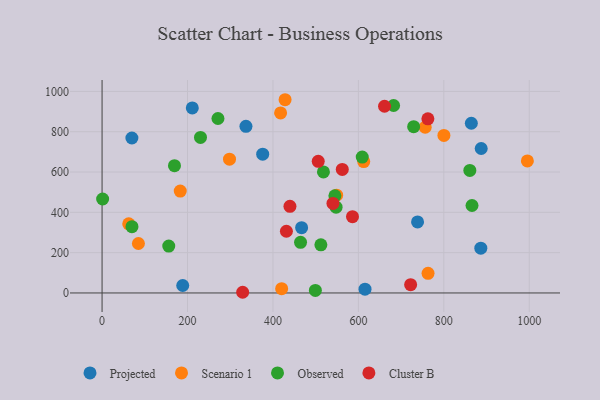
{"axis": {"x": "Speed", "y": "Rating"}, "legend": ["Cluster B", "Observed", "Projected", "Scenario 1"], "data": [{"x": "864.4", "y": 842.0, "type": "Projected"}, {"x": "467.1", "y": 323.8, "type": "Projected"}, {"x": "69.8", "y": 768.8, "type": "Projected"}, {"x": "376.0", "y": 688.4, "type": "Projected"}, {"x": "188.8", "y": 36.9, "type": "Projected"}, {"x": "738.5", "y": 352.2, "type": "Projected"}, {"x": "887.5", "y": 716.6, "type": "Projected"}, {"x": "211.2", "y": 918.2, "type": "Projected"}, {"x": "886.6", "y": 222.0, "type": "Projected"}, {"x": "615.5", "y": 18.6, "type": "Projected"}, {"x": "336.8", "y": 826.9, "type": "Projected"}, {"x": "428.4", "y": 958.7, "type": "Scenario 1"}, {"x": "62.4", "y": 343.2, "type": "Scenario 1"}, {"x": "183.0", "y": 505.6, "type": "Scenario 1"}, {"x": "549.1", "y": 485.2, "type": "Scenario 1"}, {"x": "420.4", "y": 21.4, "type": "Scenario 1"}, {"x": "85.1", "y": 245.4, "type": "Scenario 1"}, {"x": "612.5", "y": 651.7, "type": "Scenario 1"}, {"x": "763.1", "y": 97.2, "type": "Scenario 1"}, {"x": "298.3", "y": 663.6, "type": "Scenario 1"}, {"x": "995.6", "y": 655.0, "type": "Scenario 1"}, {"x": "756.4", "y": 822.1, "type": "Scenario 1"}, {"x": "800.2", "y": 781.7, "type": "Scenario 1"}, {"x": "417.9", "y": 893.3, "type": "Scenario 1"}, {"x": "1.3", "y": 466.1, "type": "Observed"}, {"x": "512.2", "y": 238.7, "type": "Observed"}, {"x": "866.0", "y": 433.8, "type": "Observed"}, {"x": "156.1", "y": 232.4, "type": "Observed"}, {"x": "70.0", "y": 328.7, "type": "Observed"}, {"x": "729.4", "y": 825.2, "type": "Observed"}, {"x": "860.9", "y": 608.1, "type": "Observed"}, {"x": "682.4", "y": 930.1, "type": "Observed"}, {"x": "464.6", "y": 251.0, "type": "Observed"}, {"x": "609.0", "y": 674.2, "type": "Observed"}, {"x": "545.0", "y": 481.8, "type": "Observed"}, {"x": "169.5", "y": 631.4, "type": "Observed"}, {"x": "271.3", "y": 865.6, "type": "Observed"}, {"x": "518.2", "y": 600.4, "type": "Observed"}, {"x": "230.4", "y": 771.8, "type": "Observed"}, {"x": "547.8", "y": 425.6, "type": "Observed"}, {"x": "499.3", "y": 12.7, "type": "Observed"}, {"x": "762.7", "y": 864.0, "type": "Cluster B"}, {"x": "661.2", "y": 926.3, "type": "Cluster B"}, {"x": "506.0", "y": 653.2, "type": "Cluster B"}, {"x": "439.8", "y": 429.7, "type": "Cluster B"}, {"x": "540.5", "y": 444.1, "type": "Cluster B"}, {"x": "586.2", "y": 378.6, "type": "Cluster B"}, {"x": "562.3", "y": 613.1, "type": "Cluster B"}, {"x": "329.1", "y": 3.4, "type": "Cluster B"}, {"x": "431.5", "y": 306.1, "type": "Cluster B"}, {"x": "722.3", "y": 41.0, "type": "Cluster B"}]}